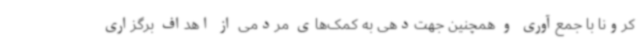
کرونا با جمع‌آوری و همچنین جهت‌دهی به کمک‌های مردمی از اهداف برگزاری